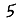
Digit: 5